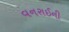
વનરાઈની